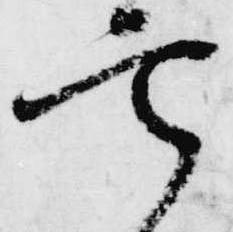
定